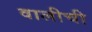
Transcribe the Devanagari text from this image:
वालीची